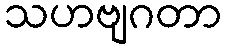
သဟဗျဂတာ